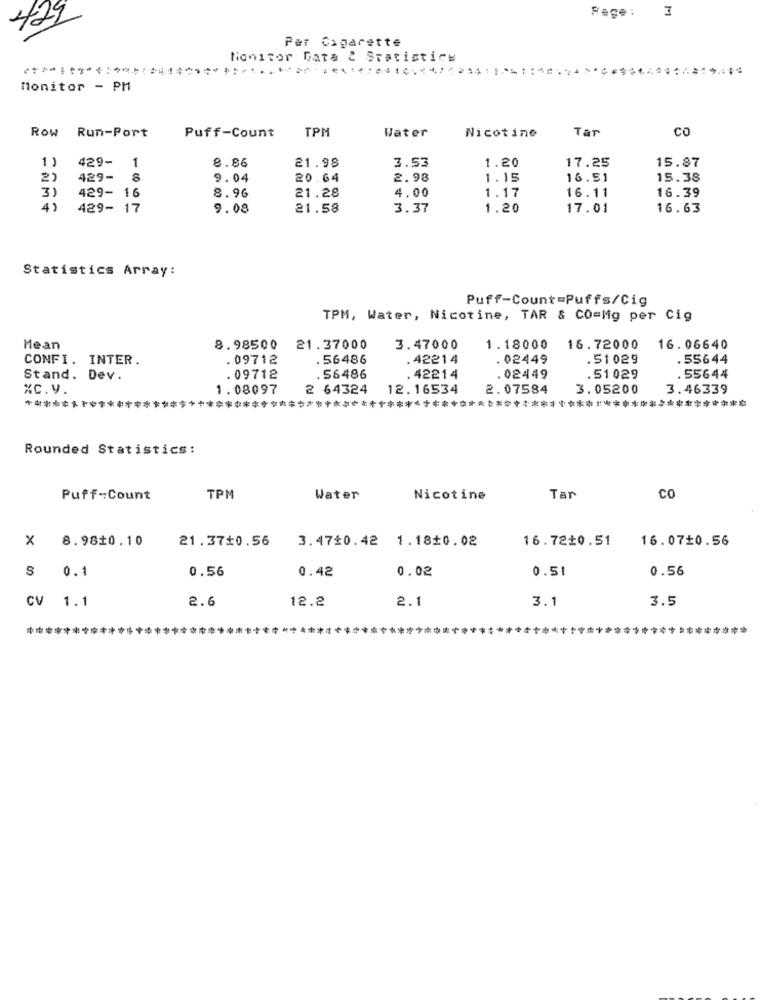
Face: 3
429
Per Cigarette
Nonitor Data & Statistics
...........................................
Monitor - PM
Run-Port
TPM
Water
Tar
co
Row
Puff-Count
Nicotine
1 )
15.87
429- 1
8.86
21.98
3.53
1.20
17.25
2)
429- 8
9.04
20.64
2.98
1.15
16.51
15.38
3)
429- 16
4.00
1.17
16.11
16.39
8.96
21.28
4)
429- 17
9.08
21.58
3.37
1.20
17.01
16.63
Statistics Array:
Puff-Count=Puffs/Cig
TPM, Water, Nicotine, TAR & CO=Mg per Cig
Mean
8.98500
21.37000
3.47000
1.18000
16.72000
16.06640
CONFI. INTER.
. 09712
. 56486
.42214
. 02449
.51029
. 55644
Stand. Dev.
.09712
. 56486
.42214
.02449
.51 029
. 55644
%c.v.
1.08097
2 64324
12.16534
2.07584
3.05200
3.46339
*************************************************************
*******
Rounded Statistics:
Puff-Count
TPM
Water
Nicotine
Tar
co
X 8.980.10
21.37$0.56
3.4720.42 1.18$0.02
16.72 0.51
16.07+0.56
0.56
0.42
0.02
0.51
0.56
S 0.1
2.6
12.2
2.1
3.1
3.5
CV 1.1
***********************
********
#1# *******
*********